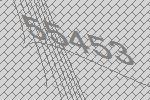
55453